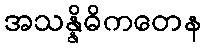
အသန္နိဓိကတေန